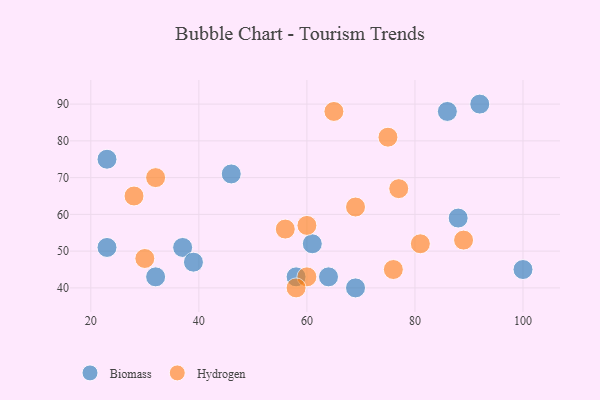
{"axis": {"x": "GDP", "y": "Life Expectancy"}, "legend": ["Biomass", "Hydrogen"], "data": [{"x": "37", "y": 51, "type": "Biomass"}, {"x": "92", "y": 90, "type": "Biomass"}, {"x": "61", "y": 52, "type": "Biomass"}, {"x": "100", "y": 45, "type": "Biomass"}, {"x": "88", "y": 59, "type": "Biomass"}, {"x": "69", "y": 40, "type": "Biomass"}, {"x": "46", "y": 71, "type": "Biomass"}, {"x": "23", "y": 51, "type": "Biomass"}, {"x": "39", "y": 47, "type": "Biomass"}, {"x": "23", "y": 75, "type": "Biomass"}, {"x": "86", "y": 88, "type": "Biomass"}, {"x": "32", "y": 43, "type": "Biomass"}, {"x": "58", "y": 43, "type": "Biomass"}, {"x": "64", "y": 43, "type": "Biomass"}, {"x": "75", "y": 81, "type": "Hydrogen"}, {"x": "60", "y": 43, "type": "Hydrogen"}, {"x": "58", "y": 40, "type": "Hydrogen"}, {"x": "32", "y": 70, "type": "Hydrogen"}, {"x": "30", "y": 48, "type": "Hydrogen"}, {"x": "60", "y": 57, "type": "Hydrogen"}, {"x": "76", "y": 45, "type": "Hydrogen"}, {"x": "65", "y": 88, "type": "Hydrogen"}, {"x": "56", "y": 56, "type": "Hydrogen"}, {"x": "89", "y": 53, "type": "Hydrogen"}, {"x": "77", "y": 67, "type": "Hydrogen"}, {"x": "69", "y": 62, "type": "Hydrogen"}, {"x": "28", "y": 65, "type": "Hydrogen"}, {"x": "81", "y": 52, "type": "Hydrogen"}]}